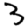
Digit: 3